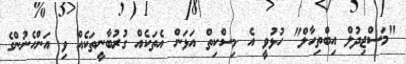
"މަސްޖިދުލް އިބްތިހާލް" ހުޅުވީ އެ މިސްކިތް އަޅަން އެތަކެއް ގުރުބާނީތަކެއް ވި އަންހެނުންގެ